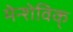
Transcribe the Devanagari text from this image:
मेन्शेविक्